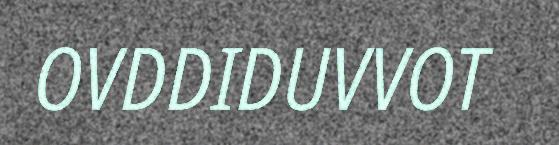
OVDDIDUVVOT